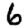
Digit: 6